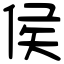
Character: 侯